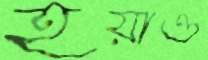
হয়াও